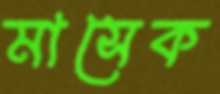
মাসেক